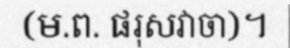
(ម.ព. ផរុសវាចា)។